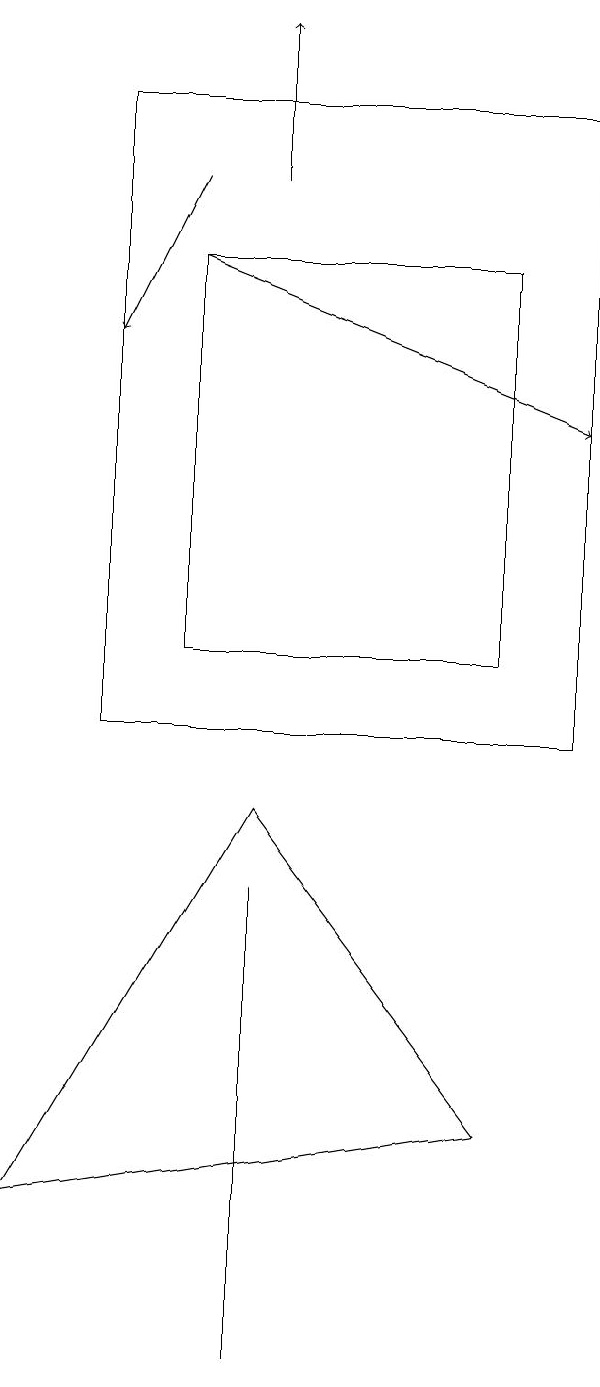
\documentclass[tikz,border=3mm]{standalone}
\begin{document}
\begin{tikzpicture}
\draw[->] (3,17) -- (2,15);
\draw[->] (3,16) -- (8,14);
\draw (7,11) rectangle (3,16);
\draw[->] (4,17) -- (4,19);
\draw (8,18) rectangle (2,10);
\draw (4,9) -- (7,5) -- (1,4) -- cycle;
\draw (4,8) -- (4,8) -- (4,2) -- cycle;
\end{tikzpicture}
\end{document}